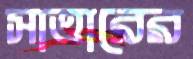
সাত্তারের